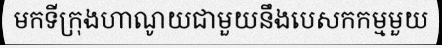
មកទីក្រុងហាណូយជាមួយនឹងបេសកកម្មមួយ